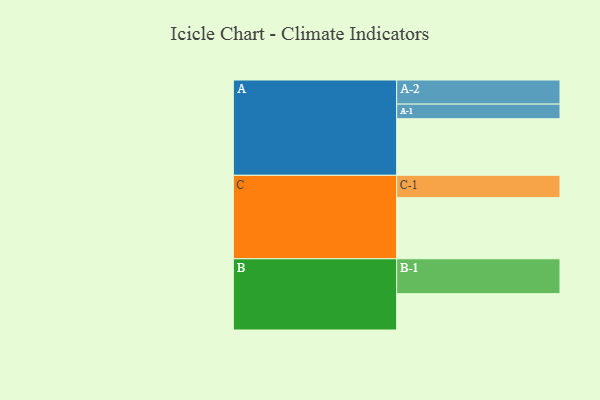
{"axis": {"x": "Segment", "y": "Value"}, "legend": ["", "A", "B", "C"], "data": [{"x": "A", "y": 472, "type": ""}, {"x": "B", "y": 303, "type": ""}, {"x": "C", "y": 510, "type": ""}, {"x": "A-1", "y": 122, "type": "A"}, {"x": "A-2", "y": 201, "type": "A"}, {"x": "B-1", "y": 291, "type": "B"}, {"x": "C-1", "y": 186, "type": "C"}]}